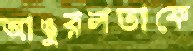
আঙুরলতাকে